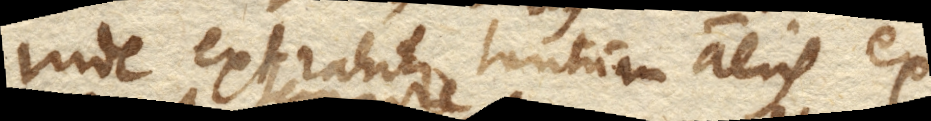
inde extrahitur tantum aeris ex